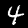
Label: 4